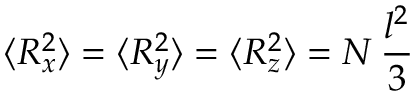
\langle R _ { x } ^ { 2 } \rangle = \langle R _ { y } ^ { 2 } \rangle = \langle R _ { z } ^ { 2 } \rangle = N \, { \frac { l ^ { 2 } } { 3 } }